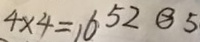
4 \times 4 = 1 6 5 2 \textcircled { > } 5